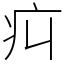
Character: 㽱